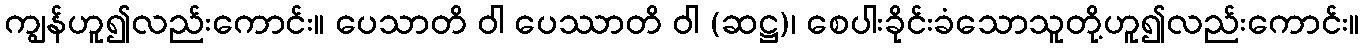
ကျွန်ဟူ၍လည်းကောင်း။ ပေသာတိ ဝါ ပေဿာတိ ဝါ (ဆဋ္ဌ)၊ စေပါးခိုင်းခံသောသူတို့ဟူ၍လည်းကောင်း။